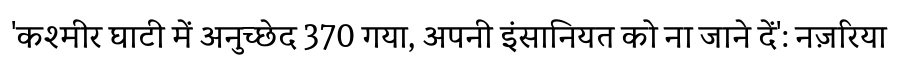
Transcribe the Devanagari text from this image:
'कश्मीर घाटी में अनुच्छेद 370 गया, अपनी इंसानियत को ना जाने दें': नज़रिया